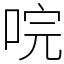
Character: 唍